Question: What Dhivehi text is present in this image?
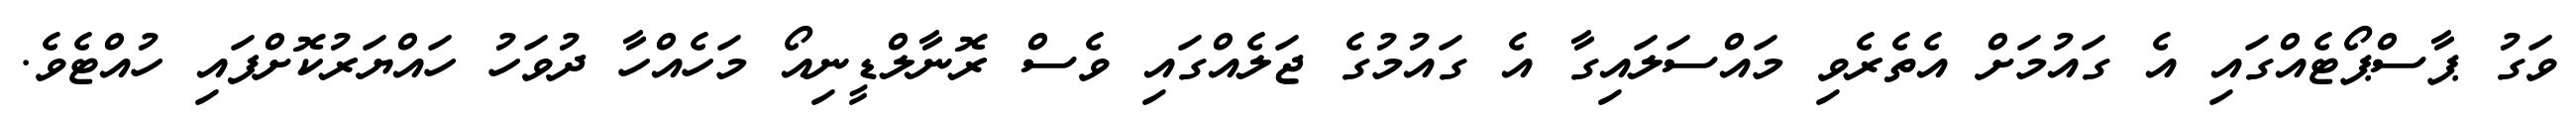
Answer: ވަގު ޕާސްޕޯޓެއްގައި އެ ގައުމަށް އެތެރެވި މައްސަލައިގާ އެ ގައުމުގެ ޖަލެއްގައި ވެސް ރޮނާލްޑީނިއޯ މަހެއްހާ ދުވަހު ހައްޔަރުކޮށްފައި ހުއްޓެވެ.